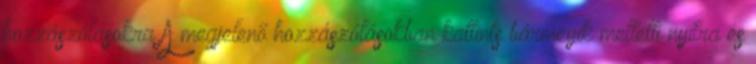
hozzászólásokra A megjelenő hozzászólásokban kattints bármeyik melletti nyílra és